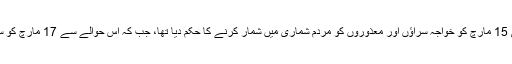
خیال رہے کہ اس سے قبل لاہور ہائی کورٹ نے بھی 15 مارچ کو خواجہ سراؤں اور معذوروں کو مردم شماری میں شمار کرنے کا حکم دیا تھا، جب کہ اس حوالے سے 17 مارچ کو سندھ ہائی کورٹ میں بھی درخواست پر سماعت ہوگی۔